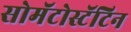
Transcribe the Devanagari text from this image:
सोमॅटोस्टॅटिन